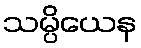
သမ္ပိယေန